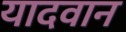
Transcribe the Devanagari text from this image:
यादवान